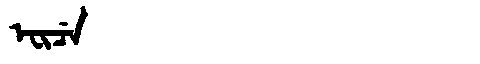
Manchu: ᡝᠸᡳᠴᡝ
Romanization: EFICE